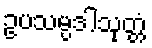
ဥပသမ္ပဒါသုတ္တံ